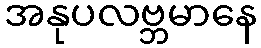
အနုပလဗ္ဘမာနေ